Indian journal of veterinary science and animal husbandry - Volume 10,
Year: 1940
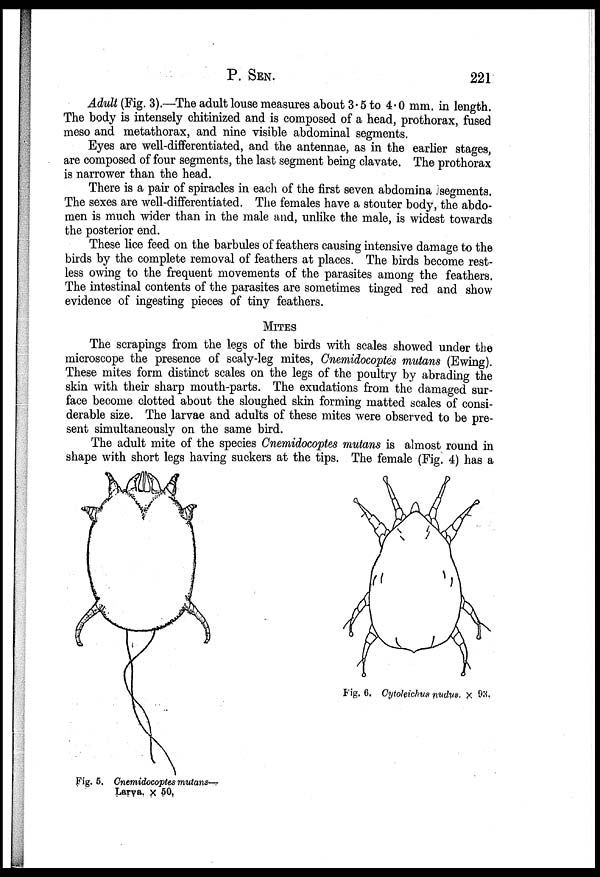
P. SEN 221
Adult (Fig. 3).—The adult louse measures about 3.5 to 4.0 mm. in length.
The body is intensely chitinized and is composed of a head, prothorax, fused
meso and metathorax, and nine visible abdominal segments.
Eyes are well-differentiated, and the antennae, as in the earlier stages,
are composed of four segments, the last segment being clavate. The prothorax
is narrower than the head.
There is a pair of spiracles in each of the first seven abdomina Jsegments.
The sexes are well-differentiated. The females have a stouter body, the abdo-
men is much wider than in the male and, unlike the male, is widest towards
the posterior end.
These lice feed on the barbules of feathers causing intensive damage to the
birds by the complete removal of feathers at places. The birds become rest-
less owing to the frequent movements of the parasites among the feathers.
The intestinal contents of the parasites are sometimes tinged red and show
evidence of ingesting pieces of tiny feathers.
MITES
The scrapings from the legs of the birds with scales showed under the
microscope the presence of scaly-leg mites, Cnemidocoptes mutans (Ewing).
These mites form distinct scales on the legs of the poultry by abrading the
skin with their sharp mouth-parts. The exudations from the damaged sur-
face become clotted about the sloughed skin forming matted scales of consi-
derable size. The larvae and adults of these mites were observed to be pre-
sent simultaneously on the same bird.
The adult mite of the species Cnemidocoptes mutans is almost round in
shape with short legs having suckers at the tips. The female (Fig. 4) has a
Fig. 5. Cnemidocoptes mutans—
Larva. × 50.
Fig. 6. Cytoleichus nudus. × 93.